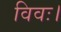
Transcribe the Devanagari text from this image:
विवः।